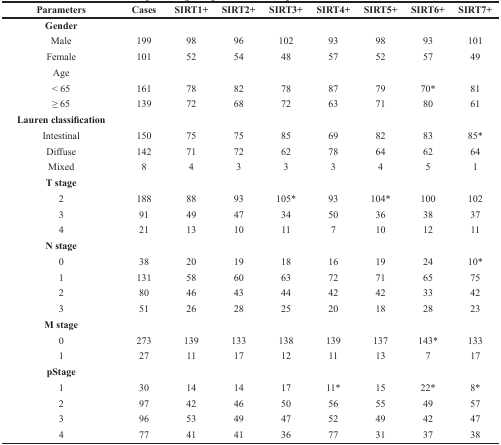
<table><thead><tr><td><b>Parameters</b></td><td><b>Cases</b></td><td><b>SIRT1+</b></td><td><b>SIRT2+</b></td><td><b>SIRT3+</b></td><td><b>SIRT4+</b></td><td><b>SIRT5+</b></td><td><b>SIRT6+</b></td><td><b>SIRT7+</b></td></tr></thead><tbody><tr><td><b>Gender</b></td><td></td><td></td><td></td><td></td><td></td><td></td><td></td><td></td></tr><tr><td>Male</td><td>199</td><td>98</td><td>96</td><td>102</td><td>93</td><td>98</td><td>93</td><td>101</td></tr><tr><td>Female</td><td>101</td><td>52</td><td>54</td><td>48</td><td>57</td><td>52</td><td>57</td><td>49</td></tr><tr><td>Age</td><td></td><td></td><td></td><td></td><td></td><td></td><td></td><td></td></tr><tr><td>&lt; 65</td><td>161</td><td>78</td><td>82</td><td>78</td><td>87</td><td>79</td><td>70*</td><td>81</td></tr><tr><td>≥ 65</td><td>139</td><td>72</td><td>68</td><td>72</td><td>63</td><td>71</td><td>80</td><td>61</td></tr><tr><td><b>Lauren classification</b></td><td></td><td></td><td></td><td></td><td></td><td></td><td></td><td></td></tr><tr><td>Intestinal</td><td>150</td><td>75</td><td>75</td><td>85</td><td>69</td><td>82</td><td>83</td><td>85*</td></tr><tr><td>Diffuse</td><td>142</td><td>71</td><td>72</td><td>62</td><td>78</td><td>64</td><td>62</td><td>64</td></tr><tr><td>Mixed</td><td>8</td><td>4</td><td>3</td><td>3</td><td>3</td><td>4</td><td>5</td><td>1</td></tr><tr><td><b>T stage</b></td><td></td><td></td><td></td><td></td><td></td><td></td><td></td><td></td></tr><tr><td>2</td><td>188</td><td>88</td><td>93</td><td>105*</td><td>93</td><td>104*</td><td>100</td><td>102</td></tr><tr><td>3</td><td>91</td><td>49</td><td>47</td><td>34</td><td>50</td><td>36</td><td>38</td><td>37</td></tr><tr><td>4</td><td>21</td><td>13</td><td>10</td><td>11</td><td>7</td><td>10</td><td>12</td><td>11</td></tr><tr><td><b>N stage</b></td><td></td><td></td><td></td><td></td><td></td><td></td><td></td><td></td></tr><tr><td>0</td><td>38</td><td>20</td><td>19</td><td>18</td><td>16</td><td>19</td><td>24</td><td>10*</td></tr><tr><td>1</td><td>131</td><td>58</td><td>60</td><td>63</td><td>72</td><td>71</td><td>65</td><td>75</td></tr><tr><td>2</td><td>80</td><td>46</td><td>43</td><td>44</td><td>42</td><td>42</td><td>33</td><td>42</td></tr><tr><td>3</td><td>51</td><td>26</td><td>28</td><td>25</td><td>20</td><td>18</td><td>28</td><td>23</td></tr><tr><td><b>M stage</b></td><td></td><td></td><td></td><td></td><td></td><td></td><td></td><td></td></tr><tr><td>0</td><td>273</td><td>139</td><td>133</td><td>138</td><td>139</td><td>137</td><td>143*</td><td>133</td></tr><tr><td>1</td><td>27</td><td>11</td><td>17</td><td>12</td><td>11</td><td>13</td><td>7</td><td>17</td></tr><tr><td><b>pStage</b></td><td></td><td></td><td></td><td></td><td></td><td></td><td></td><td></td></tr><tr><td>1</td><td>30</td><td>14</td><td>14</td><td>17</td><td>11*</td><td>15</td><td>22*</td><td>8*</td></tr><tr><td>2</td><td>97</td><td>42</td><td>46</td><td>50</td><td>56</td><td>55</td><td>49</td><td>57</td></tr><tr><td>3</td><td>96</td><td>53</td><td>49</td><td>47</td><td>52</td><td>49</td><td>42</td><td>47</td></tr><tr><td>4</td><td>77</td><td>41</td><td>41</td><td>36</td><td>77</td><td>31</td><td>37</td><td>38</td></tr></tbody></table>